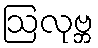
ဩလုဗ္ဘ